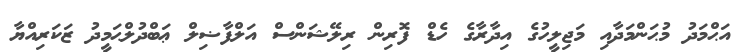
އަޙްމަދު މުޙަންމަދާއި މަޖިލީހުގެ އިދާރާގެ ހެޑް ފޮރިން ރިލޭޝަންސް އަލްފާޟިލް ޢަބްދުލްޙަމީދު ޒަކަރިއްޔާ